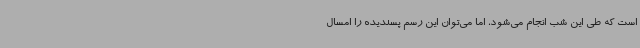
است که طی این شب انجام می‌شود، اما می‌توان این رسم پسندیده را امسال